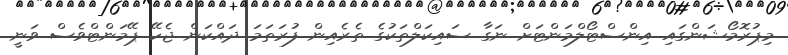
މިޕުރޮމޯޝަންގައި އިންސްޓޯލްމަންޓަށް ނަގާ ސައިކަލްތަކުގެ ތެރެއިން ފުރަތަމަ ދައްކަން ޖެހޭ ޕޭމަންޓްވެސް ވަނީ